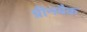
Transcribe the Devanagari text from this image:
ग्रीनबैक